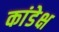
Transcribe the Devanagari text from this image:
कांडेक्ष